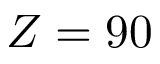
Z = 9 0